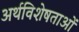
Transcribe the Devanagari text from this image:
अर्थविशेषताओं